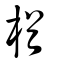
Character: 楢